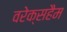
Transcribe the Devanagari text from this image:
वरेक्सहैम